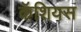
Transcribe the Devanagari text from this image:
कॅशियस